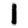
Digit: 1